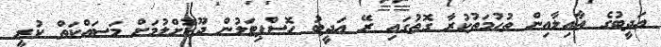
އަދީބުގެ އާއިލާއިން ތުހުމަތުކުރާ ގޮތުގައި ރޭ އަދީބު ހޮސްޕިޓަލުން ދޫކޮށްލުމަށް މަސައްކަތް ކުރީ